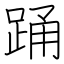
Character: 踊